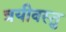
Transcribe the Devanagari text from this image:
त्रयीवस्तु